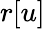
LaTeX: r[u]